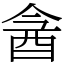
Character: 酓